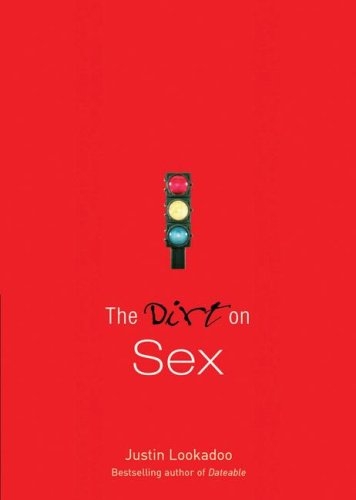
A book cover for The Dirt on Sex: A Dateable Book (Dirt, The); Justin Lookadoo; Teen & Young Adult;